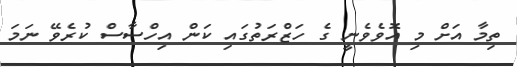
ތިމާ އަށް މި އޮވެވެނީ ގެ ހަޒްރަތުގައި ކަން އިހްސާސް ކުރެވޭ ނަމަ